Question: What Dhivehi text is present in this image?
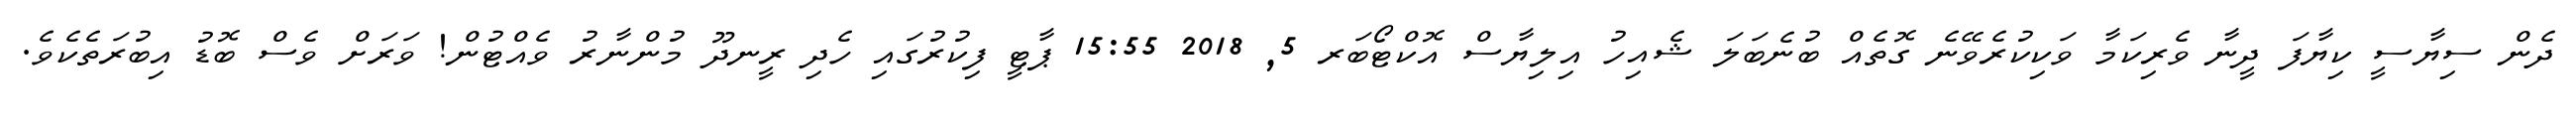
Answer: ދެން ސިޔާސީ ކިޔާފަ ދީނާ ވެރިކަމާ ވަކިކުރެވޭނެ ގޮތެއް ބުނެބަލަ ޝެއިހު އިލިޔާސް އޮކްޓޯބަރ 5, 2018 15:55 ޕާޓީ ފިކުރުގައި ހެދި ރީނދޫ މުންނާރު ވެއްޓުން! ވަރަށް ވެސް ބޮޑު އިބުރަތެކެވެ.